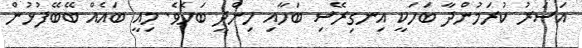
އަސަރު ކުރަމުންދާ ބަހަކީ އިނގިރޭސި ބަހާއި ހިންދީ ބަހެވެ. މިއީ ބައެއް ބޭބޭފުޅުން